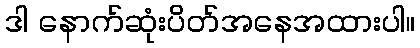
ဒါ နောက်ဆုံးပိတ်အနေအထားပါ။